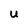
Character: U